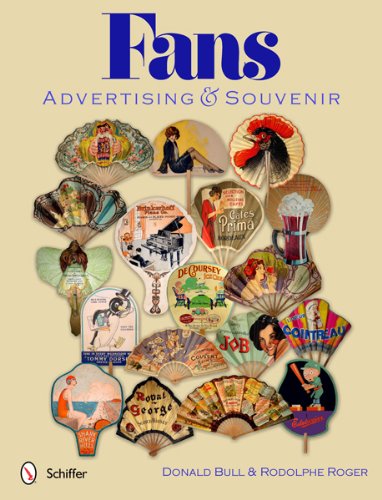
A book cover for Fans: Advertising & Souvenir; Donald Bull; Crafts, Hobbies & Home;